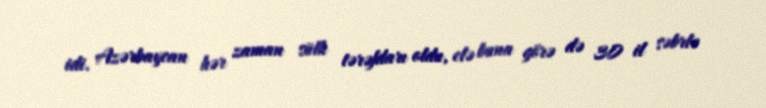
idi. Azərbaycan hər zaman sülh tərəfdarı oldu, elə buna görə də 30 il səbrlə